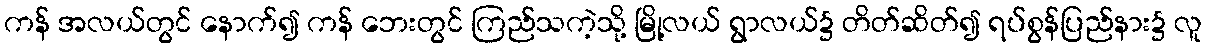
ကန် အလယ်တွင် နောက်၍ ကန် ဘေးတွင် ကြည်သကဲ့သို့ မြို့လယ် ရွာလယ်၌ တိတ်ဆိတ်၍ ရပ်စွန်ပြည်နား၌ လူ